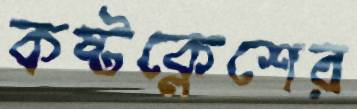
কষ্টক্লেশের